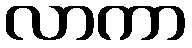
လာကာ